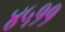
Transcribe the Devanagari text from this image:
४५११